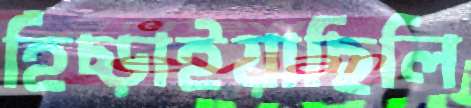
হিঁচ্‌ড়াইয়াছিলি